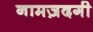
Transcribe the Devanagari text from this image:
नामज़दगी